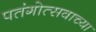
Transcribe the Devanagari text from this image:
पतंगोत्सवाच्या